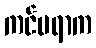
ကင်မရာက